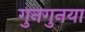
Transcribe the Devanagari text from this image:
गुनगुनया